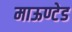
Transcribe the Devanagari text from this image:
माऊण्टेड